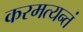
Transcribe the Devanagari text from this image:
करमत्यन्तं